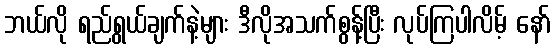
ဘယ်လို ရည်ရွယ်ချက်နဲ့များ ဒီလိုအသက်စွန့်ပြီး လုပ်ကြပါလိမ့် နော်